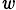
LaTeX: _\mathit{w}